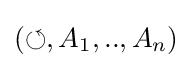
(\circlearrowleft ,A_{1},..,A_{n})